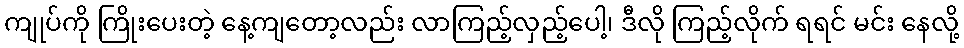
ကျုပ်ကို ကြိုးပေးတဲ့ နေ့ကျတော့လည်း လာကြည့်လှည့်ပေါ့၊ ဒီလို ကြည့်လိုက် ရရင် မင်း နေလို့